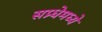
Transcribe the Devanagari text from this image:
सप्र्धेमध्ये